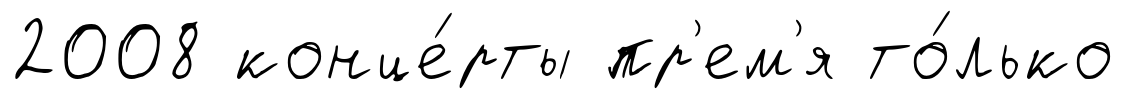
2008 конце́рты пр'ем'я то́лько